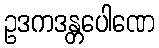
ဥဒကဒန္တပေါဏေ